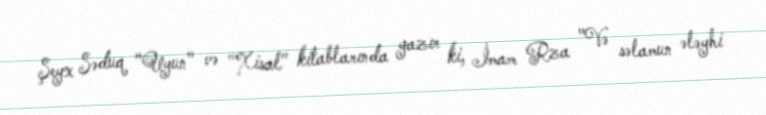
Şeyx Səduq "Uyun" və "Xisal" kitablarında yazır ki, İmam Rza "Və səlamun ələyhi